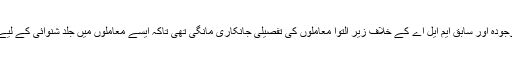
سپریم کورٹ نے ریاستوں اور مختلف ہائی کورٹ سے موجودہ اور سابق ایم ایل اے کے خلاف زیر التوا معاملوں کی تفصیلی جانکاری مانگی تھی تاکہ ایسے معاملوں میں جلد شنوائی کے لیے مناسب تعداد میں اسپیشل کورٹ کی تشکیل کی جا سکے۔